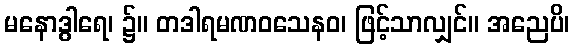
မနောဒွါရေ၊ ၌။ တဒါရမဏဝသေနဝ၊ ဖြင့်သာလျှင်။ အညေပိ၊